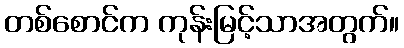
တစ်စောင်က ကုန်းမြင့်သာအတွက်။